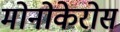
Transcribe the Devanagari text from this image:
मोनोकेरोस